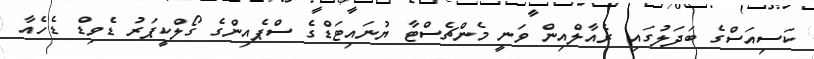
ކަސިއަސްގެ ބަދަލުގައި ރެއާލްއިން ވަނީ މެންޗެސްޓާ ޔުނައިޓަޑްގެ ސްޕެއިންގެ ގޯލްކީޕަރު ޑެވިޑް ޑެހެއާ